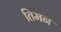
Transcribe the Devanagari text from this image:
तिमन